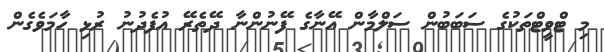
މި ޓްވީޓްތަކުގެ ސަބަބުން ސަލްމާން އޭނާގެ ފޭނުންނާ ދޭތެރޭ އުފެދުނު ރުޅި ހާމަވެގެން